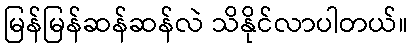
မြန်မြန်ဆန်ဆန်လဲ သိနိုင်လာပါတယ်။